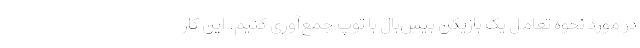
در مورد نحوه تعامل یک بازیکن بیس‌بال با توپ جمع‌آوری کنیم. این کار